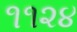
૧૧૨૪